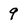
Character: 9